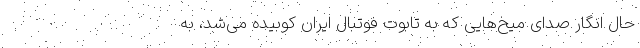
حال انگار صدای میخ‌هایی که به تابوت فوتبال ایران کوبیده می‌شد، به